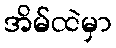
အိမ်ထဲမှာ